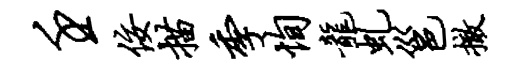
壬佞描季恂龙虬邕撤